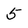
Character: 5